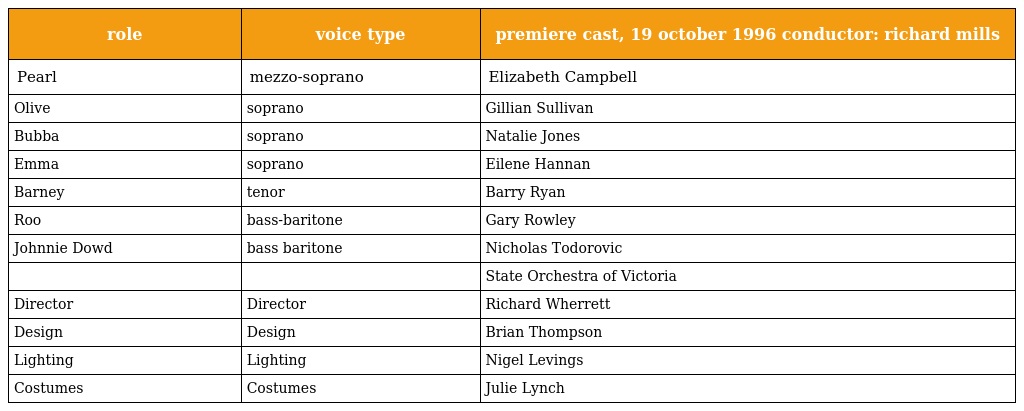
| role | voice type | premiere cast, 19 october 1996 conductor: richard mills |
 | --- | --- | --- |
 | Pearl | mezzo-soprano | Elizabeth Campbell |
 | Olive | soprano | Gillian Sullivan |
 | Bubba | soprano | Natalie Jones |
 | Emma | soprano | Eilene Hannan |
 | Barney | tenor | Barry Ryan |
 | Roo | bass-baritone | Gary Rowley |
 | Johnnie Dowd | bass baritone | Nicholas Todorovic |
 |  |  | State Orchestra of Victoria |
 | Director | Director | Richard Wherrett |
 | Design | Design | Brian Thompson |
 | Lighting | Lighting | Nigel Levings |
 | Costumes | Costumes | Julie Lynch |